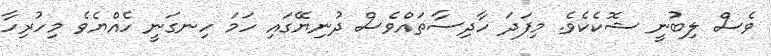
ވެސް ލިބުނީ ޝޮކެކެވެ. މިފަދަ ހާދިސާތައްވެސް ދުނިޔޭގައި ހަމަ ހިނގަނީ ހެއްޔެވެ މިހުރިހާ